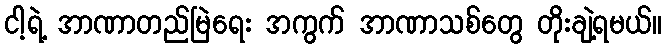
ငါ့ရဲ့ အာဏာတည်မြဲရေး အကွက် အာဏာသစ်တွေ တိုးချဲ့ရမယ်။